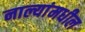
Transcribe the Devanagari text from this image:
नाल्यांमधील